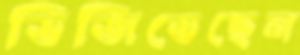
ভিজিতেছেন